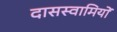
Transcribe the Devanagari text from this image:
दासस्वामियों